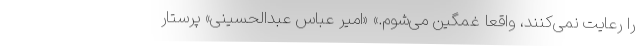
را رعایت نمی‌کنند، واقعا غمگین می‌شوم.» «امیر عباس عبدالحسینی» پرستار